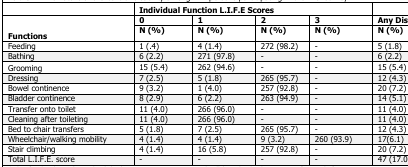
|  | <COLSPAN=4> Individual Function L.I.F.E Scores |  |
 | <ROWSPAN=2> Functions | 0 | 1 | 2 | 3 | Any Disability |
 | N (%) | N (%) | N (%) | N (%) | N (%) |
 | --- | --- | --- | --- | --- | --- |
 | Feeding | 1 (.4) | 4 (1.4) | 272 (98.2) | - | 5 (1.8) |
 | Bathing | 6 (2.2) | 271 (97.8) | - | - | 6 (2.2) |
 | Grooming | 15 (5.4) | 262 (94.6) | - | - | 15 (5.4) |
 | Dressing | 7 (2.5) | 5 (1.8) | 265 (95.7) | - | 12 (4.3) |
 | Bowel continence | 9 (3.2) | 1 (4.0) | 257 (92.8) | - | 20 (7.2) |
 | Bladder continence | 8 (2.9) | 6 (2.2) | 263 (94.9) | - | 14 (5.1) |
 | Transfer onto toilet | 11 (4.0) | 266 (96.0) | - | - | 11 (4.0) |
 | Cleaning after toileting | 11 (4.0) | 266 (96.0) | - | - | 11 (4.0) |
 | Bed to chair transfers | 5 (1.8) | 7 (2.5) | 265 (95.7) | - | 12 (4.3) |
 | Wheelchair/walking mobility | 4 (1.4) | 4 (1.4) | 9 (3.2) | 260 (93.9) | 17(6.1) |
 | Stair climbing | 4 (1.4) | 16 (5.8) | 257 (92.8) | - | 20 (7.2) |
 | Total L.I.F.E. score | - | - | - | - | 47 (17.0) |